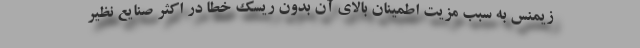
زیمنس به سبب مزیت اطمینان بالای آن بدون ریسک خطا در اکثر صنایع نظیر